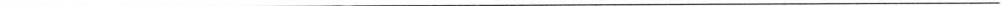
___